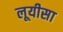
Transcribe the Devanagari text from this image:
लूयीसा